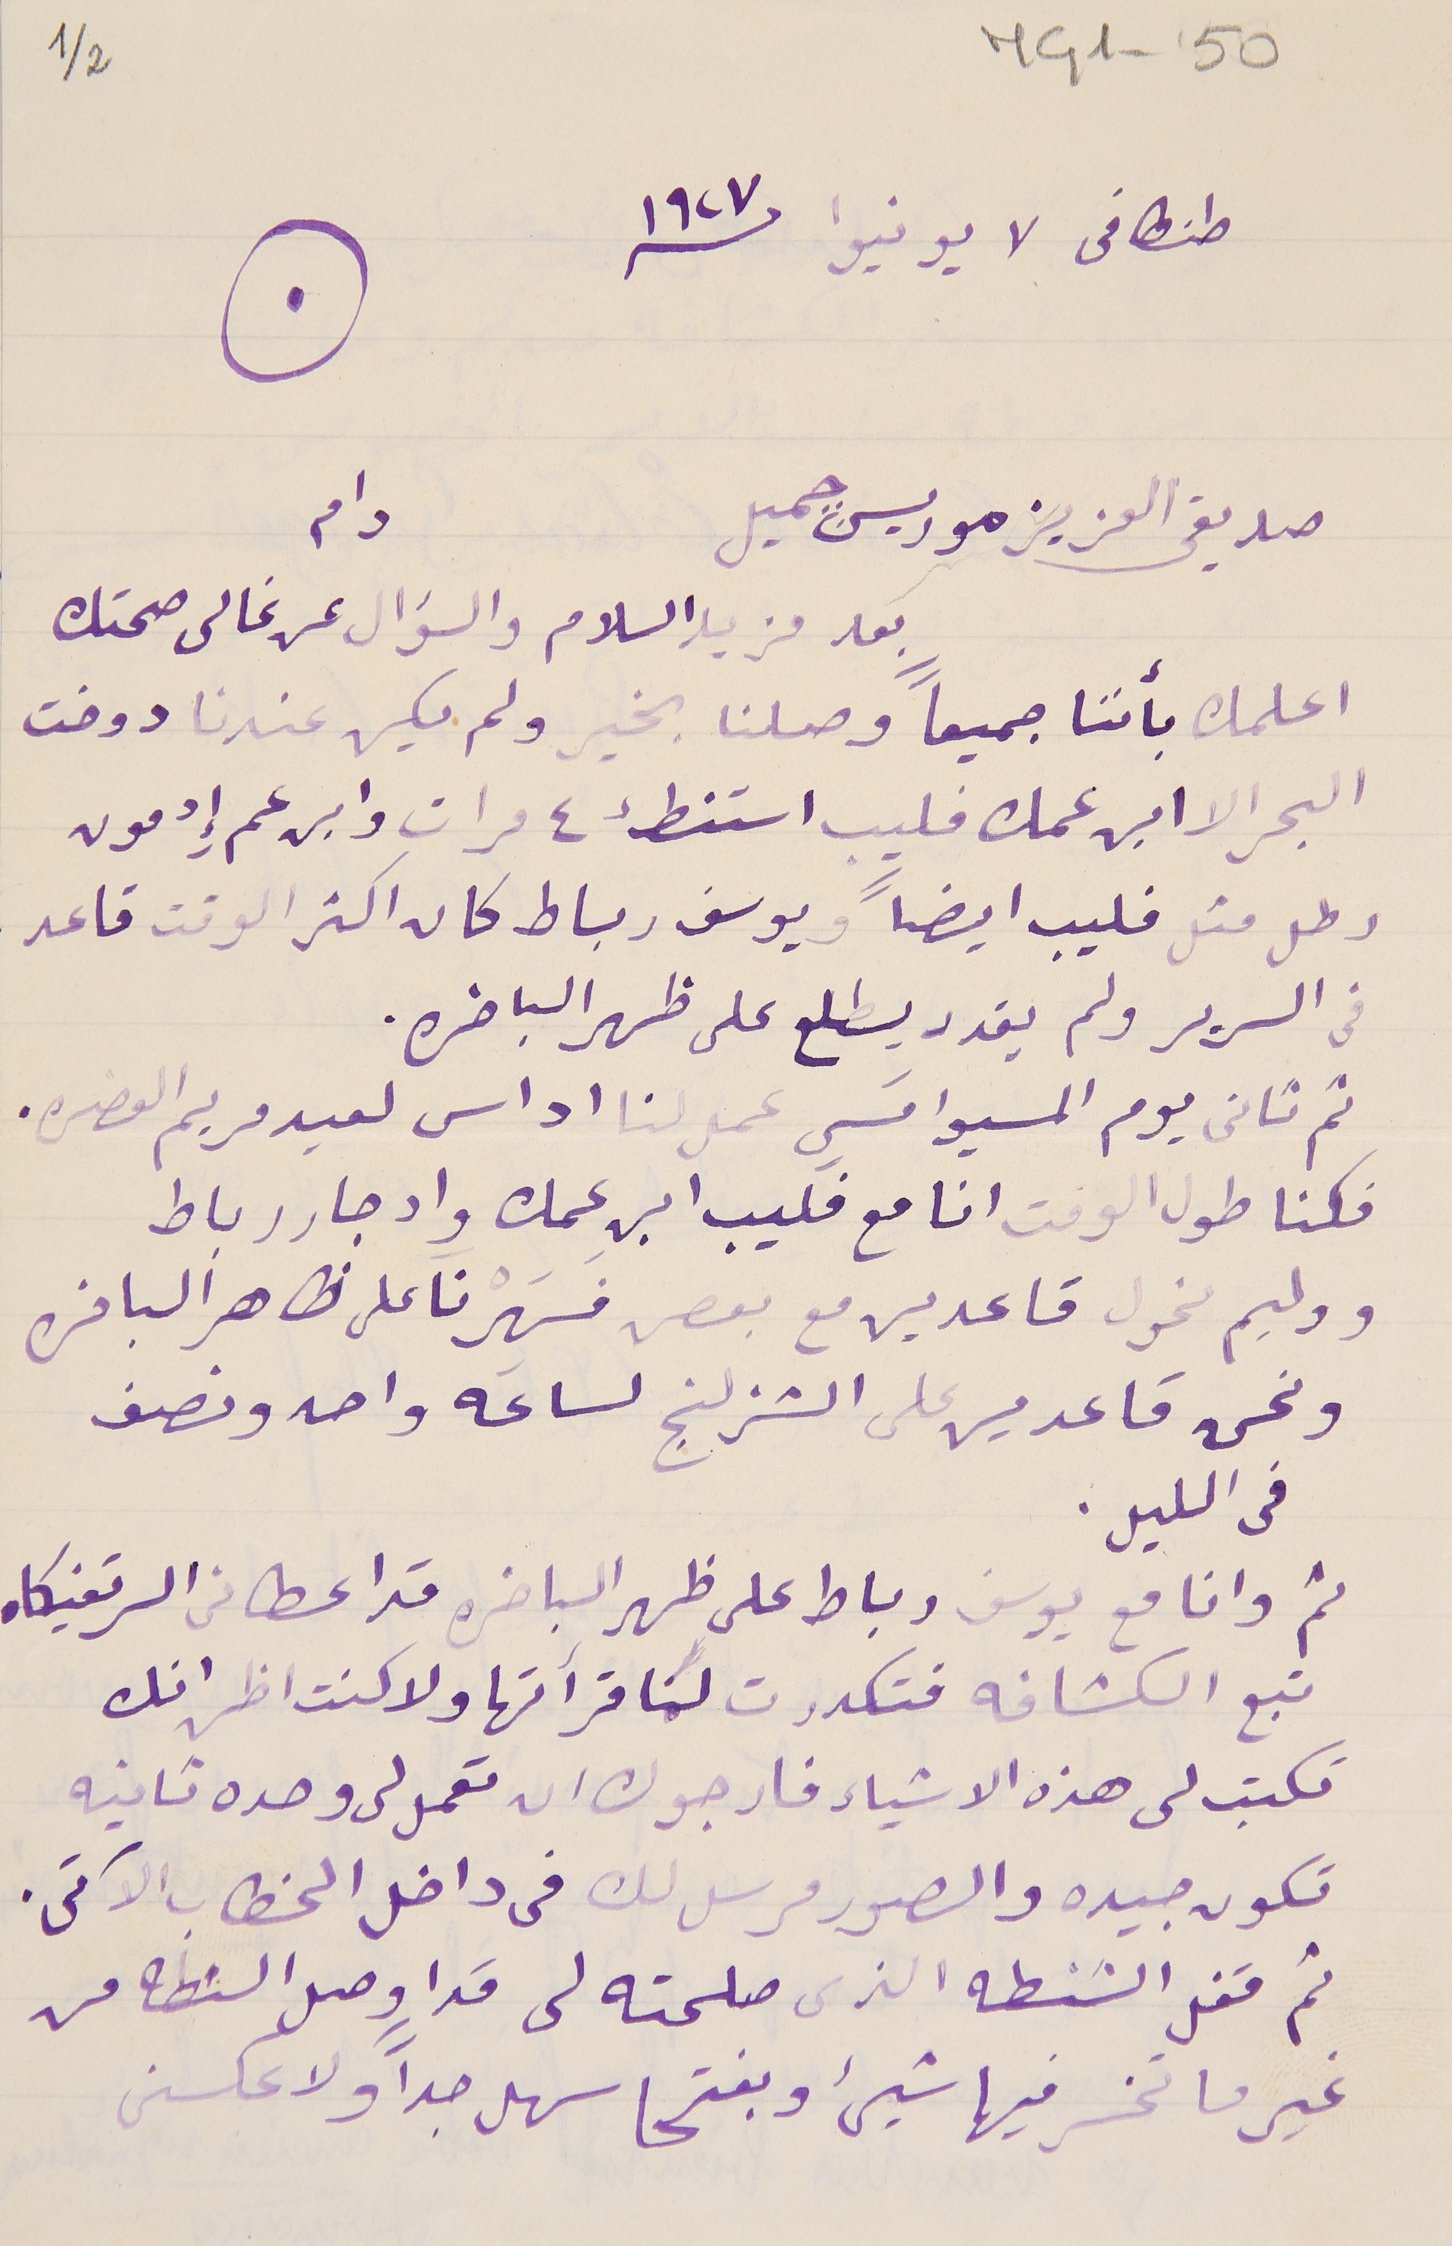
MG1-50
2/1
طنطا فى لا يونيوا سنة ١٩٢٧
صديقى العزيز موريس جميل      دام
اعلمك بأننا جميعاً وصلنا بخير ولم يكن عندنا دوخت
البحر الا ابن عمك فليب استنطء ٤ مرات وابن عم إِدمون
رطل مثل فليب ايضاً ويوسف رباط كان اكثر الوقت قاعد
في السرير ولم يقدر يطلع على ظهر الباخره.
ثم تاني يوم المسيوا تسي عمل لنا اداس لعيد مريم العضره.
فكنا طول الوقت انا مع فليب ابن عمك وادجار رباط
ووليم مخول قاعدين مع بعص فَسَهِرْنا على ظاهر ألباخره
ونحن قاعدين على الشزلنج لساعَه واحد ونصف
فى الليل.
ثم وانا مع يوسف رباط على ظهر الباخره قد اعطانى السرتفيكاه
تكتب لى هذه الاشياء فارجوك ان تعمل لى وحده تانيه
تكون جيده والصور مرسل لك فى داخل الخطاب الآتى.
ثم قفل الشنطه الذى صلحته لى مَرا وصل السنطه من
غير ما تخسر فيها شيء وبفتحا سهل جداً ولا عكسنى
بعد مزيد السلام والسؤال عن غالى صحتك
تبع الكشافه فتكدرت لمَا قرأتها ولا كنت اظن انك